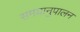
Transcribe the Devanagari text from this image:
समयानुपालन